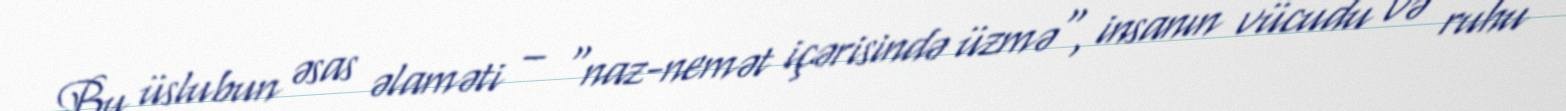
Bu üslubun əsas əlaməti – "naz-nemət içərisində üzmə", insanın vücudu və ruhu